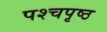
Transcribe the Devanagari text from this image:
पश्चपृष्ठ